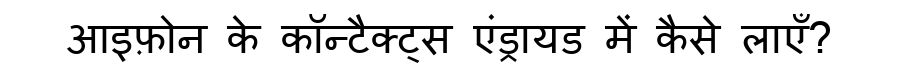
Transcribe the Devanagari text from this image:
आइफ़ोन के कॉन्टैक्ट्स एंड्रायड में कैसे लाएँ?